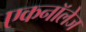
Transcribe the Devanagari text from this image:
एकनॉलेज